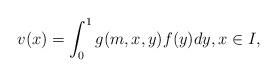
LaTeX: \begin{align*}v(x)=\int_{0}^{1}{ g(m,x,y) f(y) dy}, x \in I,\end{align*}